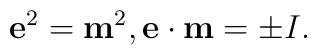
{\bf e}^2     =   {\bf m}^2  ,    {\bf e} \cdot  {\bf m}  = \pm I.